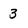
Character: 3